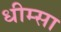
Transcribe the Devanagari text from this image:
धीम्सा